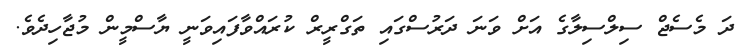
ދަ މެސެޖް ސިލްސިލާގެ އަށް ވަނަ ދަރުސްގައި ތަގްރީރް ކުރައްވާފައިވަނީ ޔާސްމީން މުޖާހިދެވެ.